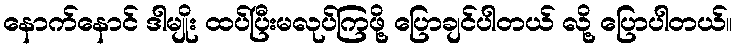
နောက်နောင် ဒါမျိုး ထပ်ပြီးမလုပ်ကြဖို့ ပြောချင်ပါတယ် လို့ ပြောပါတယ်။